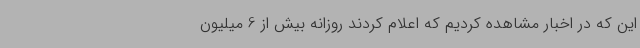
این که در اخبار مشاهده کردیم که اعلام کردند روزانه بیش از 6 میلیون